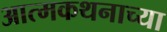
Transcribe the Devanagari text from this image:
आत्मकथनाच्या